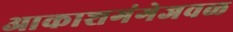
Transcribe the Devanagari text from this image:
आकाशगंगेजवळ